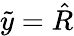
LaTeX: \tilde{y}=\hat{R}